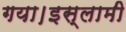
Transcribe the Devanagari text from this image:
गया।इस्लामी